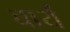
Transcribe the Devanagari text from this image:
वार्यं